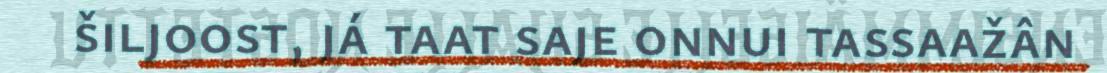
šiljoost, já taat saje onnui tassaažân